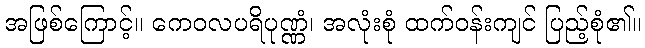
အဖြစ်ကြောင့်။ ကေဝလပရိပုဏ္ဏံ၊ အလုံးစုံ ထက်ဝန်းကျင် ပြည့်စုံ၏။